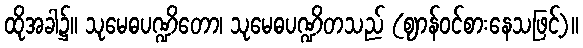
ထိုအခါ၌။ သုမေဓပဏ္ဍိတော၊ သုမေဓပဏ္ဍိတသည် (ဈာန်ဝင်စားနေသဖြင့်)။